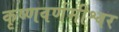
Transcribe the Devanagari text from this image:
कृष्णवर्णमीश्वर